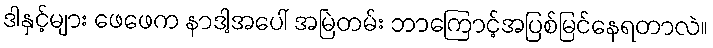
ဒါနှင့်များ ဖေဖေက နာဒါ့အပေါ် အမြဲတမ်း ဘာကြောင့်အပြစ်မြင်နေရတာလဲ။